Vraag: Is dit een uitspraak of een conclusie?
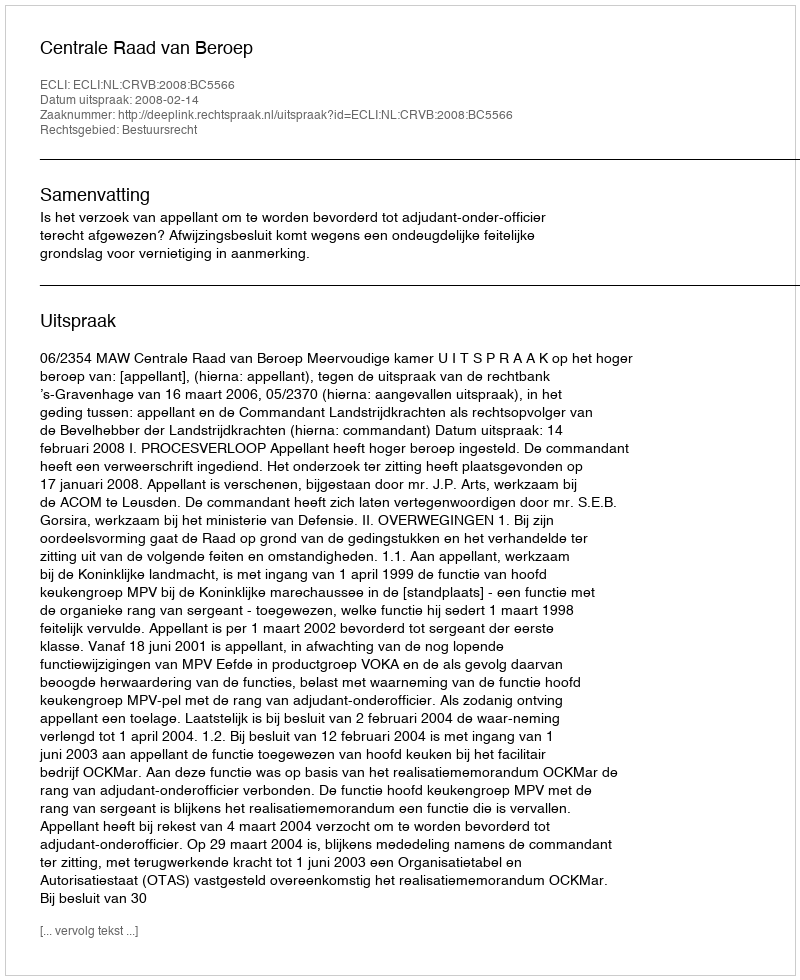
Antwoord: Uitspraak